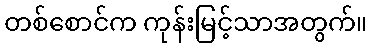
တစ်စောင်က ကုန်းမြင့်သာအတွက်။